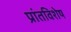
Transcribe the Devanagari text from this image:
प्रांतविशेष